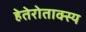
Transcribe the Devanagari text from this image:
हेतेरोताक्स्य